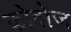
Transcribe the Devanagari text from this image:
कोवोज